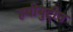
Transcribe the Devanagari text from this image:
हबीबुद्दीन